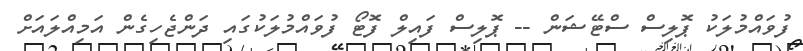
ފުވައްމުލަކު ޕޮލިސް ސްޓޭޝަން -- ޕޮލިސް ފައިލް ފޮޓޯ ފުވައްމުލަކުގައި ދަންޖެހިގެން އަމިއްލައަށް